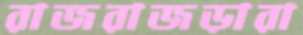
রাজরাজড়ারা